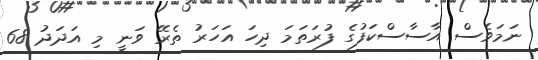
ނަމަވެސް އާސާސްކަފުގެ ފުރަތަމަ ދިހަ އަހަރު ތެރޭ ވަނީ މި އަދަދު 68